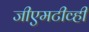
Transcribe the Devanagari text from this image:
जीएमटीव्ही